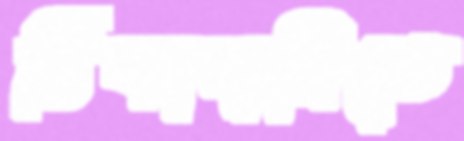
ঠিকাদারিতে